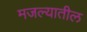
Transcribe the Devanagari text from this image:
मजल्यातील